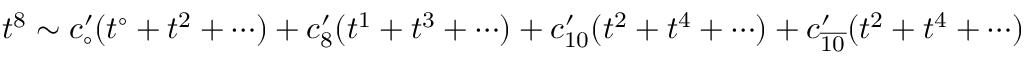
t ^ { 8 } \sim c _ { \circ } ^ { \prime } ( t ^ { \circ } + t ^ { 2 } + \cdots ) + c _ { 8 } ^ { \prime } ( t ^ { 1 } + t ^ { 3 } + \cdots ) + c _ { 1 0 } ^ { \prime } ( t ^ { 2 } + t ^ { 4 } + \cdots ) + c _ { \overline { { { 1 0 } } } } ^ { \prime } ( t ^ { 2 } + t ^ { 4 } + \cdots )